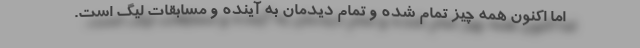
اما اکنون همه چیز تمام شده و تمام دیدمان به آینده و مسابقات لیگ است.